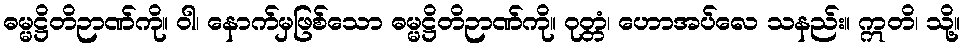
ဓမ္မဋ္ဌိတိဉာဏ်ကို။ ဝါ၊ နောက်မှဖြစ်သော ဓမ္မဋ္ဌိတိဉာဏ်ကို။ ဝုတ္တံ၊ ဟောအပ်လေ သနည်း။ ဣတိ၊ သို့။